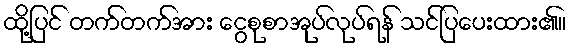
ထို့ပြင် တက်တက်အား ငွေစုစာအုပ်လုပ်ရန် သင်ပြပေးထား၏။